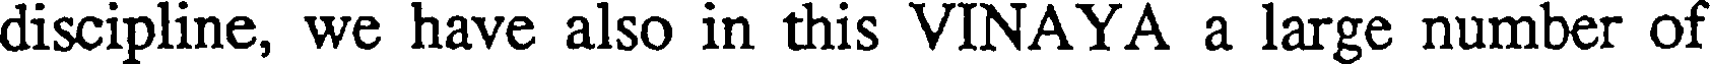
discipline, we have also in this VINAYA a large number of